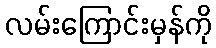
လမ်းကြောင်းမှန်ကို